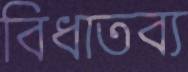
বিধাতব্য